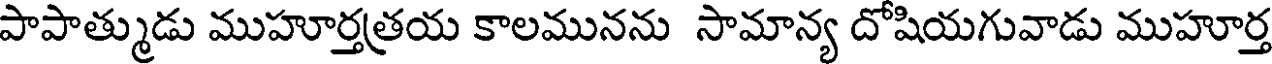
పాపాత్ముడు ముహూర్తత్రయ కాలమునను సామాన్య దోషియగువాడు ముహూర్త